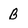
Character: B